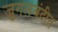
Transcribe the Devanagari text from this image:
जुगलबंदीत